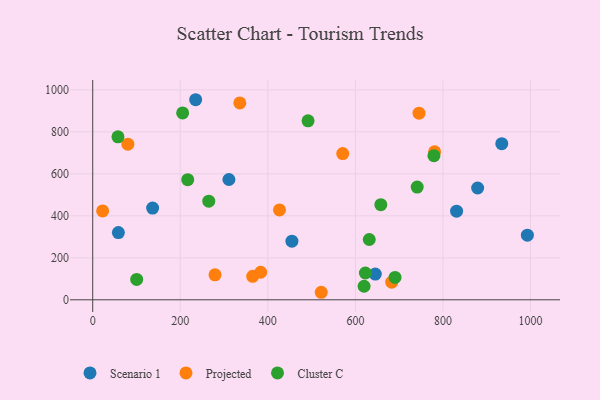
{"axis": {"x": "Experience", "y": "Rating"}, "legend": ["Cluster C", "Projected", "Scenario 1"], "data": [{"x": "831.2", "y": 422.2, "type": "Scenario 1"}, {"x": "645.5", "y": 122.8, "type": "Scenario 1"}, {"x": "235.1", "y": 953.0, "type": "Scenario 1"}, {"x": "879.3", "y": 532.5, "type": "Scenario 1"}, {"x": "992.9", "y": 308.1, "type": "Scenario 1"}, {"x": "934.4", "y": 743.9, "type": "Scenario 1"}, {"x": "136.8", "y": 436.7, "type": "Scenario 1"}, {"x": "311.1", "y": 573.1, "type": "Scenario 1"}, {"x": "455.0", "y": 279.4, "type": "Scenario 1"}, {"x": "58.6", "y": 320.2, "type": "Scenario 1"}, {"x": "780.9", "y": 705.1, "type": "Projected"}, {"x": "522.0", "y": 35.9, "type": "Projected"}, {"x": "365.4", "y": 111.9, "type": "Projected"}, {"x": "383.7", "y": 131.2, "type": "Projected"}, {"x": "426.6", "y": 428.2, "type": "Projected"}, {"x": "80.3", "y": 741.2, "type": "Projected"}, {"x": "683.0", "y": 84.0, "type": "Projected"}, {"x": "279.3", "y": 119.2, "type": "Projected"}, {"x": "745.4", "y": 889.0, "type": "Projected"}, {"x": "336.0", "y": 937.8, "type": "Projected"}, {"x": "571.1", "y": 696.3, "type": "Projected"}, {"x": "22.6", "y": 423.5, "type": "Projected"}, {"x": "619.9", "y": 64.7, "type": "Cluster C"}, {"x": "779.4", "y": 686.5, "type": "Cluster C"}, {"x": "631.7", "y": 287.3, "type": "Cluster C"}, {"x": "205.4", "y": 890.3, "type": "Cluster C"}, {"x": "658.1", "y": 452.9, "type": "Cluster C"}, {"x": "690.6", "y": 106.5, "type": "Cluster C"}, {"x": "57.6", "y": 776.5, "type": "Cluster C"}, {"x": "491.9", "y": 852.6, "type": "Cluster C"}, {"x": "100.4", "y": 96.9, "type": "Cluster C"}, {"x": "741.2", "y": 536.9, "type": "Cluster C"}, {"x": "265.1", "y": 470.0, "type": "Cluster C"}, {"x": "622.8", "y": 127.6, "type": "Cluster C"}, {"x": "217.0", "y": 572.3, "type": "Cluster C"}]}